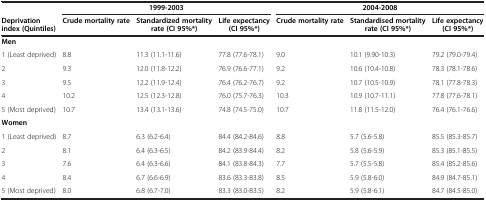
<table><thead><tr><td></td><td colspan="3"><b>1999-2003</b></td><td colspan="3"><b>2004-2008</b></td></tr><tr><td><b>Deprivation index (Quintiles)</b></td><td><b>Crude mortality rate</b></td><td><b>Standardized mortality rate (CI 95%*)</b></td><td><b>Life expectancy (CI 95%*)</b></td><td><b>Crude mortality rate</b></td><td><b>Standardised mortality rate (CI 95%*)</b></td><td><b>Life expectancy (CI 95%*)</b></td></tr></thead><tbody><tr><td colspan="7"><b>Men</b></td></tr><tr><td>1 (Least deprived)</td><td>8.8</td><td>11.3 (11.1-11.6)</td><td>77.8 (77.6-78.1)</td><td>9.0</td><td>10.1 (9.90-10.3)</td><td>79.2 (79.0-79.4)</td></tr><tr><td>2</td><td>9.3</td><td>12.0 (11.8-12.2)</td><td>76.9 (76.6-77.1)</td><td>9.2</td><td>10.6 (10.4-10.8)</td><td>78.3 (78.1-78.6)</td></tr><tr><td>3</td><td>9.5</td><td>12.2 (11.9-12.4)</td><td>76.4 (76.2-76.7)</td><td>9.2</td><td>10.7 (10.5-10.9)</td><td>78.1 (77.8-78.3)</td></tr><tr><td>4</td><td>10.2</td><td>12.5 (12.3-12.8)</td><td>76.0 (75.7-76.3)</td><td>10.3</td><td>10.9 (10.7-11.1)</td><td>77.8 (77.6-78.1)</td></tr><tr><td>5 (Most deprived)</td><td>10.7</td><td>13.4 (13.1-13.6)</td><td>74.8 (74.5-75.0)</td><td>10.7</td><td>11.8 (11.5-12.0)</td><td>76.4 (76.1-76.6)</td></tr><tr><td colspan="7"><b>Women</b></td></tr><tr><td>1 (Least deprived)</td><td>8.7</td><td>6.3 (6.2-6.4)</td><td>84.4 (84.2-84.6)</td><td>8.8</td><td>5.7 (5.6-5.8)</td><td>85.5 (85.3-85.7)</td></tr><tr><td>2</td><td>8.1</td><td>6.4 (6.3-6.5)</td><td>84.2 (83.9-84.4)</td><td>8.2</td><td>5.8 (5.6-5.9)</td><td>85.3 (85.1-85.5)</td></tr><tr><td>3</td><td>7.6</td><td>6.4 (6.3-6.6)</td><td>84.1 (83.8-84.3)</td><td>7.7</td><td>5.7 (5.5-5.8)</td><td>85.4 (85.2-85.6)</td></tr><tr><td>4</td><td>8.4</td><td>6.7 (6.6-6.9)</td><td>83.6 (83.3-83.8)</td><td>8.5</td><td>5.9 (5.8-6.0)</td><td>84.9 (84.7-85.1)</td></tr><tr><td>5 (Most deprived)</td><td>8.0</td><td>6.8 (6.7-7.0)</td><td>83.3 (83.0-83.5)</td><td>8.2</td><td>5.9 (5.8-6.1)</td><td>84.7 (84.5-85.0)</td></tr></tbody></table>